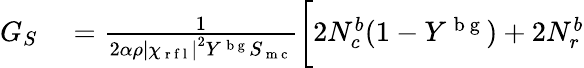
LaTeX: \begin{array}{rl}{G_{S}}&{{}=\frac{1}{2\alpha\rho\left|\chi_{\mathrm{~r~f~l~}}\right|^{2}Y^{\mathrm{~b~g~}}S_{\mathrm{~m~c~}}}\biggl[2N_{c}^{b}(1-Y^{\mathrm{~b~g~}})+2N_{r}^{b}\biggr.}\end{array}